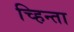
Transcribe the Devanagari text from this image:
च्हिन्ता